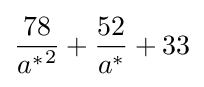
{\frac {78}{{a^{*}}^{2}}}+{\frac {52}{a^{*}}}+33